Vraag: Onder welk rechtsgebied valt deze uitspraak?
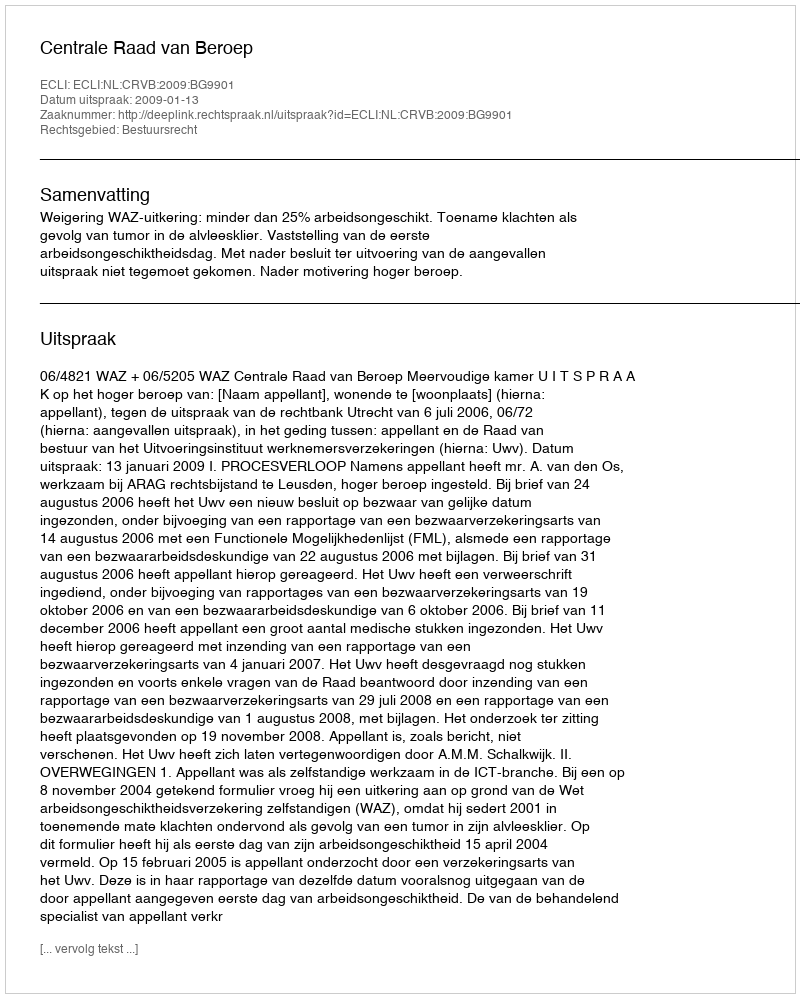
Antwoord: Bestuursrecht